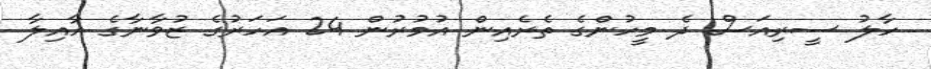
ހާލު ސީރިއަސް ދެ މީހުންގެ ތެރެއިން އުމުރުން 24 އަހަރުގެ ޒުވާނާގެ އާއިލާ